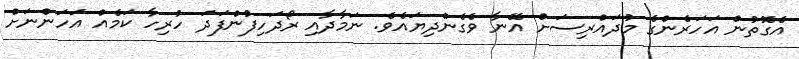
އެގޮތުން އަހަރެންގެ މުދައްރިސަށް އޭނާ ވެގެންދިޔައެވެ. ނަމާދާއި ރޯދަހިފުންފަދަ ހުރިހާ ކަމެއް އަހަންނަށް